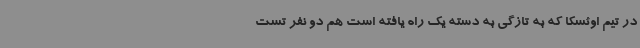
در تیم اوئسکا که به تازگی به دسته یک راه یافته است هم دو نفر تست